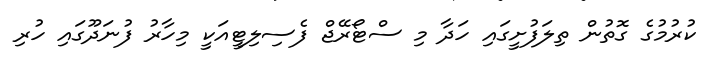
ކުރުމުގެ ގޮތުން ތިލަފުށީގައި ހަދާ މި ސްޓޯރޭޖް ފެސިލިޓީއަކީ މިހާރު ފުނަދޫގައި ހުރި